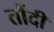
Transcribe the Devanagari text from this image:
तौंदी